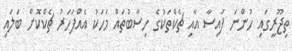
ތިޖޫރީގައި ހުންނަ ފައިސާ އާއި ޗެކްތަކުގެ ހިސާބުތައް މަހަކު އެއްފަހަރު ޗެކްކޮށް ބަލައި